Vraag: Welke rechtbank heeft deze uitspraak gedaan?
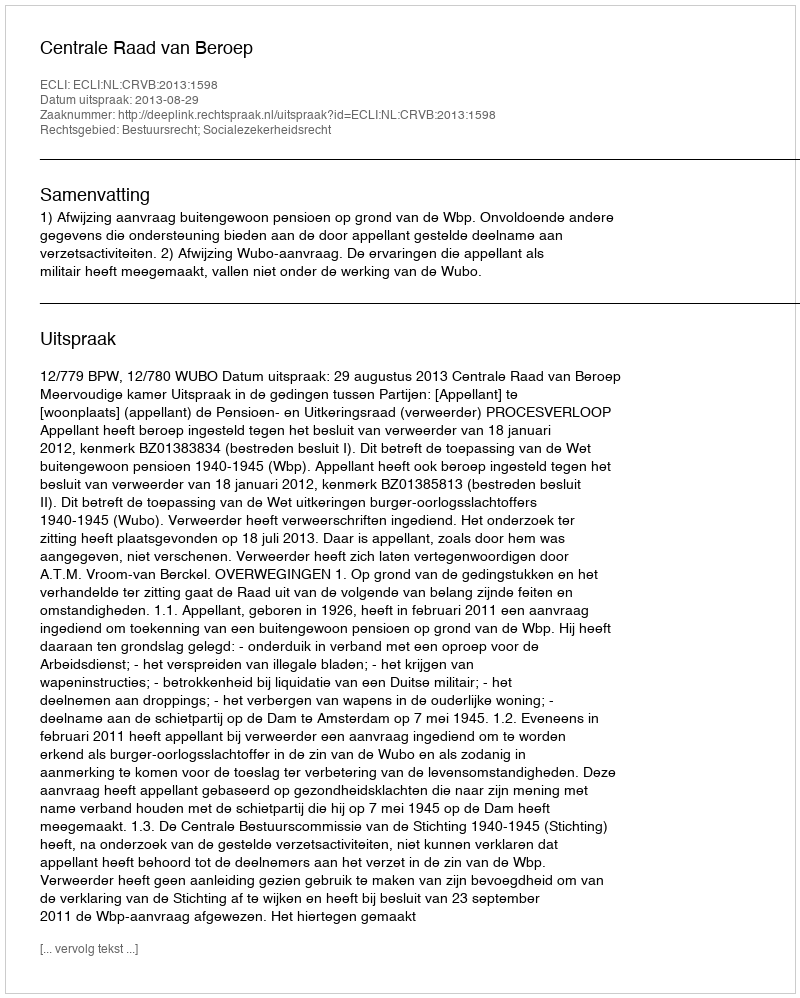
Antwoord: Centrale Raad van Beroep